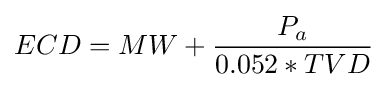
ECD=MW+{\frac {P_{a}}{0.052*TVD}}